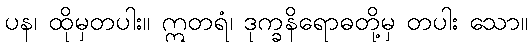
ပန၊ ထိုမှတပါး။ ဣတရံ၊ ဒုက္ခနိရောဓတို့မှ တပါး သော။